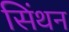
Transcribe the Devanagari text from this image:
सिंथन